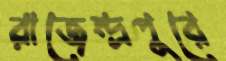
রাজেন্দ্রপুরে